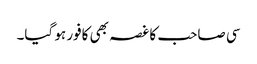
سی صاحب کا غصہ بھی کافور ہو گیا۔